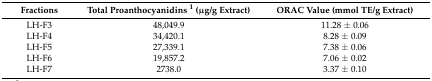
<table><thead><tr><td><b>Fractions</b></td><td><b>Total Proanthocyanidins <sup>1</sup> (μg/g Extract)</b></td><td><b>ORAC Value (mmol TE/g Extract)</b></td></tr></thead><tbody><tr><td>LH-F3</td><td>48,049.9</td><td>11.28 ± 0.06</td></tr><tr><td>LH-F4</td><td>34,420.1</td><td>8.28 ± 0.09</td></tr><tr><td>LH-F5</td><td>27,339.1</td><td>7.38 ± 0.06</td></tr><tr><td>LH-F6</td><td>19,857.2</td><td>7.06 ± 0.02</td></tr><tr><td>LH-F7</td><td>2738.0</td><td>3.37 ± 0.10</td></tr></tbody></table>